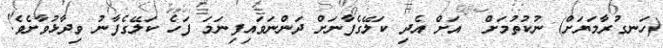
(ހަނގުރާމަޔަށް) ނުކުތުމަށް  އަށް އެދި ކަލޭގެފާނަށް ދަންނަވައިފިނަމަ ފަހެ ކަލޭގެފާނު ވިދާޅުވާށެވެ!